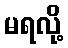
မရလို့